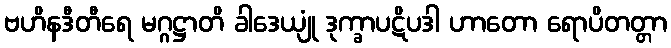
ဗဟိနဒီတီရေ မဂ္ဂဋ္ဌာတိ ခါဒေယျုံ ဒုက္ခာပဋိပဒါ ဟာတော ရောပိတတ္တာ